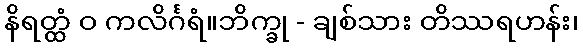
နိရတ္ထံ ဝ ကလိင်္ဂရံ။ဘိက္ခု - ချစ်သား တိဿရဟန်း၊